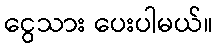
ငွေသား ပေးပါမယ်။